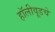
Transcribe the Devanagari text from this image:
हॉलीवूडचे